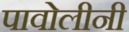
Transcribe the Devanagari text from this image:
पावोलीनी